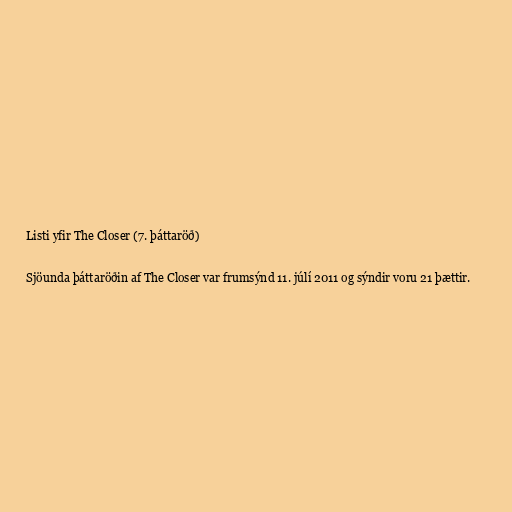
Listi yfir The Closer (7. þáttaröð)

Sjöunda þáttaröðin af The Closer var frumsýnd 11. júlí 2011 og sýndir voru 21 þættir.